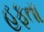
હફતા